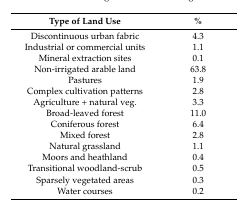
<table><thead><tr><td><b>Type of Land Use</b></td><td><b>%</b></td></tr></thead><tbody><tr><td>Discontinuous urban fabric</td><td>4.3</td></tr><tr><td>Industrial or commercial units</td><td>1.1</td></tr><tr><td>Mineral extraction sites</td><td>0.1</td></tr><tr><td>Non-irrigated arable land</td><td>63.8</td></tr><tr><td>Pastures</td><td>1.9</td></tr><tr><td>Complex cultivation patterns</td><td>2.8</td></tr><tr><td>Agriculture + natural veg.</td><td>3.3</td></tr><tr><td>Broad-leaved forest</td><td>11.0</td></tr><tr><td>Coniferous forest</td><td>6.4</td></tr><tr><td>Mixed forest</td><td>2.8</td></tr><tr><td>Natural grassland</td><td>1.1</td></tr><tr><td>Moors and heathland</td><td>0.4</td></tr><tr><td>Transitional woodland-scrub</td><td>0.5</td></tr><tr><td>Sparsely vegetated areas</td><td>0.3</td></tr><tr><td>Water courses</td><td>0.2</td></tr></tbody></table>